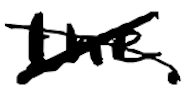
Text: the
Cross-out: cross
Writing tool: digital_black